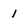
Character: 1